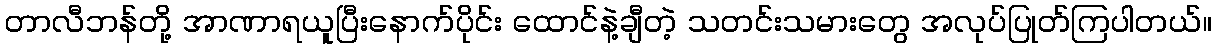
တာလီဘန်တို့ အာဏာရယူပြီးနောက်ပိုင်း ထောင်နဲ့ချီတဲ့ သတင်းသမားတွေ အလုပ်ပြုတ်ကြပါတယ်။